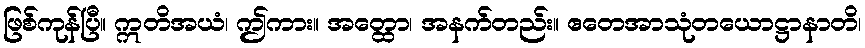
ဖြစ်ကုန်ပြီ။ ဣတိအယံ၊ ဤကား။ အတ္ထော၊ အနက်တည်း။ ဧတေအာသုံတယောဋ္ဌာနာတိ၊